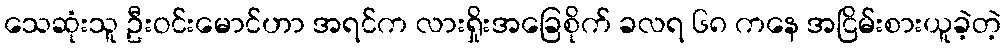
သေဆုံးသူ ဦးဝင်းမောင်ဟာ အရင်က လားရှိုးအခြေစိုက် ခလရ ၆၈ ကနေ အငြိမ်းစားယူခဲ့တဲ့